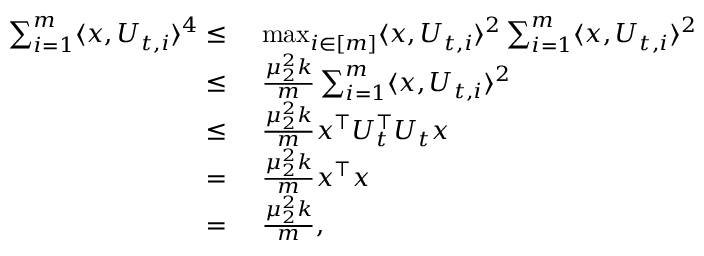
\begin{array} { r l } { \sum _ { i = 1 } ^ { m } \langle x , U _ { t , i } \rangle ^ { 4 } \leq } & { ~ \operatorname* { m a x } _ { i \in [ m ] } \langle x , U _ { t , i } \rangle ^ { 2 } \sum _ { i = 1 } ^ { m } \langle x , U _ { t , i } \rangle ^ { 2 } } \\ { \leq } & { ~ \frac { \mu _ { 2 } ^ { 2 } k } { m } \sum _ { i = 1 } ^ { m } \langle x , U _ { t , i } \rangle ^ { 2 } } \\ { \leq } & { ~ \frac { \mu _ { 2 } ^ { 2 } k } { m } x ^ { \top } U _ { t } ^ { \top } U _ { t } x } \\ { = } & { ~ \frac { \mu _ { 2 } ^ { 2 } k } { m } x ^ { \top } x } \\ { = } & { ~ \frac { \mu _ { 2 } ^ { 2 } k } { m } , } \end{array}